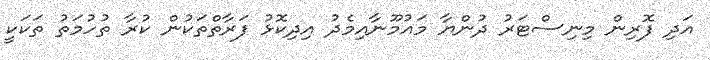
އަދި ފޮރިން މިނިސްޓަރު ދުންޔާ މައުމޫނާއިމެދު އިދިކޮޅު ފަރާތްތަކުން ކުރާ ތުހުމަތު ތަކަކީ